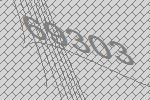
69303